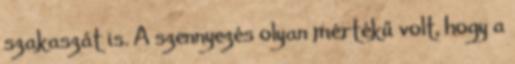
szakaszát is. A szennyezés olyan mértékű volt, hogy a